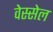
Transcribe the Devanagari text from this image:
वेस्सेल